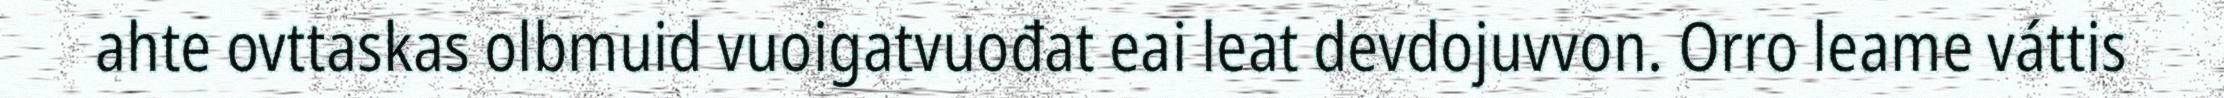
ahte ovttaskas olbmuid vuoigatvuođat eai leat devdojuvvon. Orro leame váttis